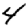
Digit: 4